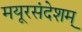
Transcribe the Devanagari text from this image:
मयूरसंदेशम्